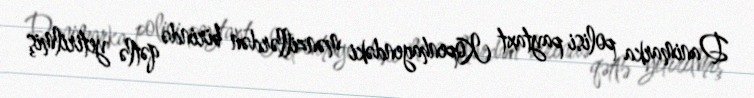
Danimarka polisi paytaxt Kopenhagendəki mənzillərdən birində qətlə yetirilmiş